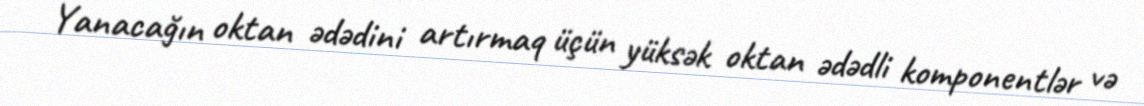
Yanacağın oktan ədədini artırmaq üçün yüksək oktan ədədli komponentlər və